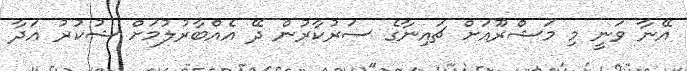
އޭނާ ވަނީ މި މަޝްރޫއަށް ޗައިނާގެ ސަރުކާރުން ދޭ އެއްބާރުލުމަށް ޝުކުރު އަދާ